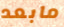
مابعد